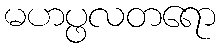
မဟပ္ဖလတရော